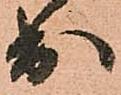
出